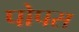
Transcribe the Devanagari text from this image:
पोपस